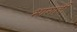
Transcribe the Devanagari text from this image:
भागतीं